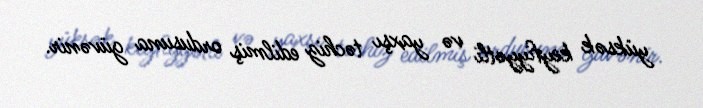
yüksək keyfiyyətli və yaxşı təchiz edilmiş ordusuna güvənir.